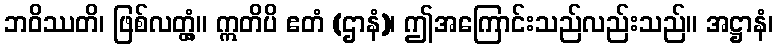
ဘဝိဿတိ၊ ဖြစ်လတ္တံ့။ ဣတိပိ ဧတံ (ဌာနံ)၊ ဤအကြောင်းသည်လည်းသည်။ အဋ္ဌာနံ၊